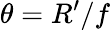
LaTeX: \theta=R^{\prime}/f